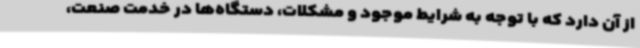
از آن دارد که با توجه به شرایط موجود و مشکلات، دستگاه‌ها در خدمت صنعت،